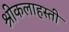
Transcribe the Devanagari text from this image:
श्रीकलाहस्ती